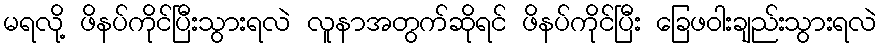
မရလို့ ဖိနပ်ကိုင်ပြီးသွားရလဲ လူနာအတွက်ဆိုရင် ဖိနပ်ကိုင်ပြီး ခြေဖဝါးချည်းသွားရလဲ